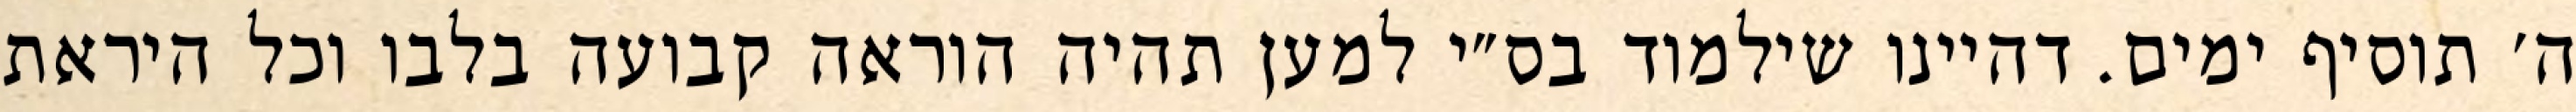
ה׳ תוסיף ימים. דהיינו שילמוד בס״י למען תהיה הוראה קבועה בלבו וכל היראת